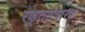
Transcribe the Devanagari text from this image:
रक्तसंचारक